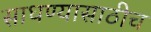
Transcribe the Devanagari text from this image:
साधण्यासाठीच